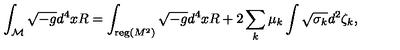
\int _ { \cal M } \sqrt { - g } d ^ { 4 } x R = \int _ { { \mathrm { \small { r e g } } } ( M ^ { 2 } ) } \sqrt { - g } d ^ { 4 } x R + 2 \sum _ { k } \mu _ { k } \int \sqrt { \sigma _ { k } } d ^ { 2 } \zeta _ { k } ,